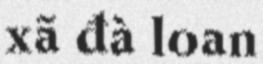
xã đà loan